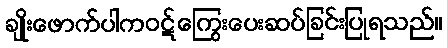
ချိုးဖောက်ပါကဝဋ်ကြွေးပေးဆပ်ခြင်းပြုရသည်။